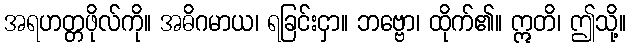
အရဟတ္တဖိုလ်ကို။ အဓိဂမာယ၊ ရခြင်းငှာ။ ဘဗ္ဗော၊ ထိုက်၏။ ဣတိ၊ ဤသို့။